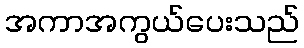
အကာအကွယ်ပေးသည်